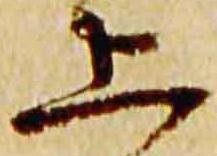
上